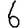
Digit: 6